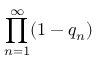
\prod _ { n = 1 } ^ { \infty } ( 1 - q _ { n } )